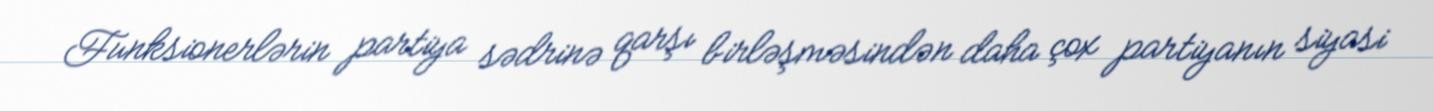
Funksionerlərin partiya sədrinə qarşı birləşməsindən daha çox partiyanın siyasi